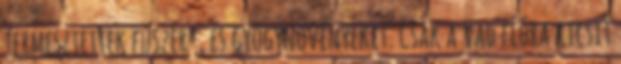
termesztettek fúszer-, és gyógynövényeket. Csak a vad flóra kicsit